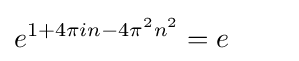
e^{1+4\pi in-4\pi ^{2}n^{2}}=e\qquad